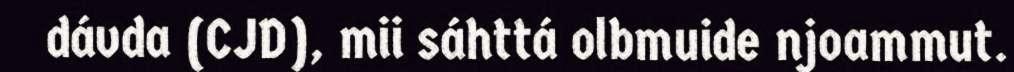
dávda (CJD), mii sáhttá olbmuide njoammut.